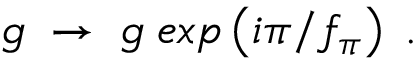
g \; \rightarrow \; g \; e x p \left( i \pi / f _ { \pi } \right) \; .